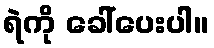
ရဲကို ခေါ်ပေးပါ။